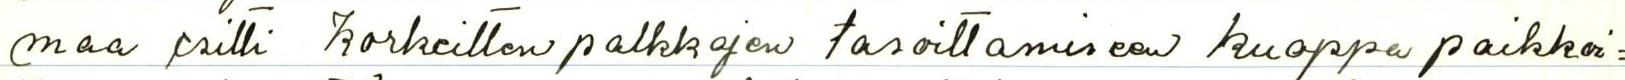
maa esitti Korkeitten palkkojen tasoittamiseen kuoppa paikkoi=